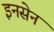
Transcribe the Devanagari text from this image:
इनसेन